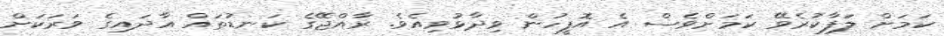
ކަމަށް ލަފާކުރެވޭ ކަމަށްވެސް އެ އޮފީހުން ވިދާޅުވިއެވެ. ރާއްޖޭގެ ކަނޑުތައް އާދައިގެ ވަރަކަށް